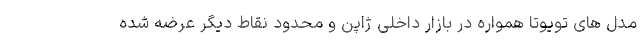
مدل های تویوتا همواره در بازار داخلی ژاپن و محدود نقاط دیگر عرضه شده